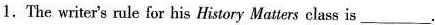
1.The writer's rule for his History Matters class is ___.